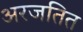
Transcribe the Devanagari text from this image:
अरजतित